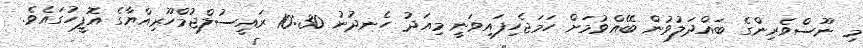
މި ނޫސްވެރިންގެ ބައްދަލުވުން ބޭއްވުމަށް ހަމަޖެހިފައިވަނީ މިއަދު ހެނދުނު 10:30 ރައީސުލްޖުމްހޫރިއްޔާގެ އޮފީހުގައެވެ.